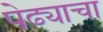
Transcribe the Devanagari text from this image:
पेढ्याचा